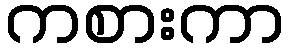
ကစားကာ